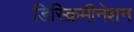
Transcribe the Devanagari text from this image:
डिस्क्रिमीनेशन